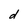
Character: d